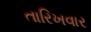
તારિખવાર